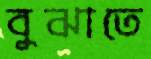
বুঝাতে